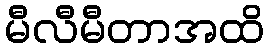
မီလီမီတာအထိ